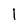
Character: l